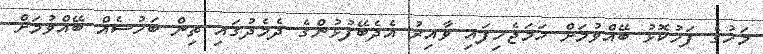
މަހުގެ ފަހުކޮޅު ބޭއްވުމަށް ހަމަޖެހިފައި ވާއިރު އެދެބޭފުޅުންގެ ދެމެދުގައި ތިން ބަހުސެއް ބޭއްވުމަށް